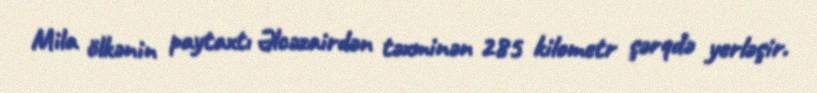
Mila ölkənin paytaxtı Əlcəzairdən təxminən 285 kilometr şərqdə yerləşir.